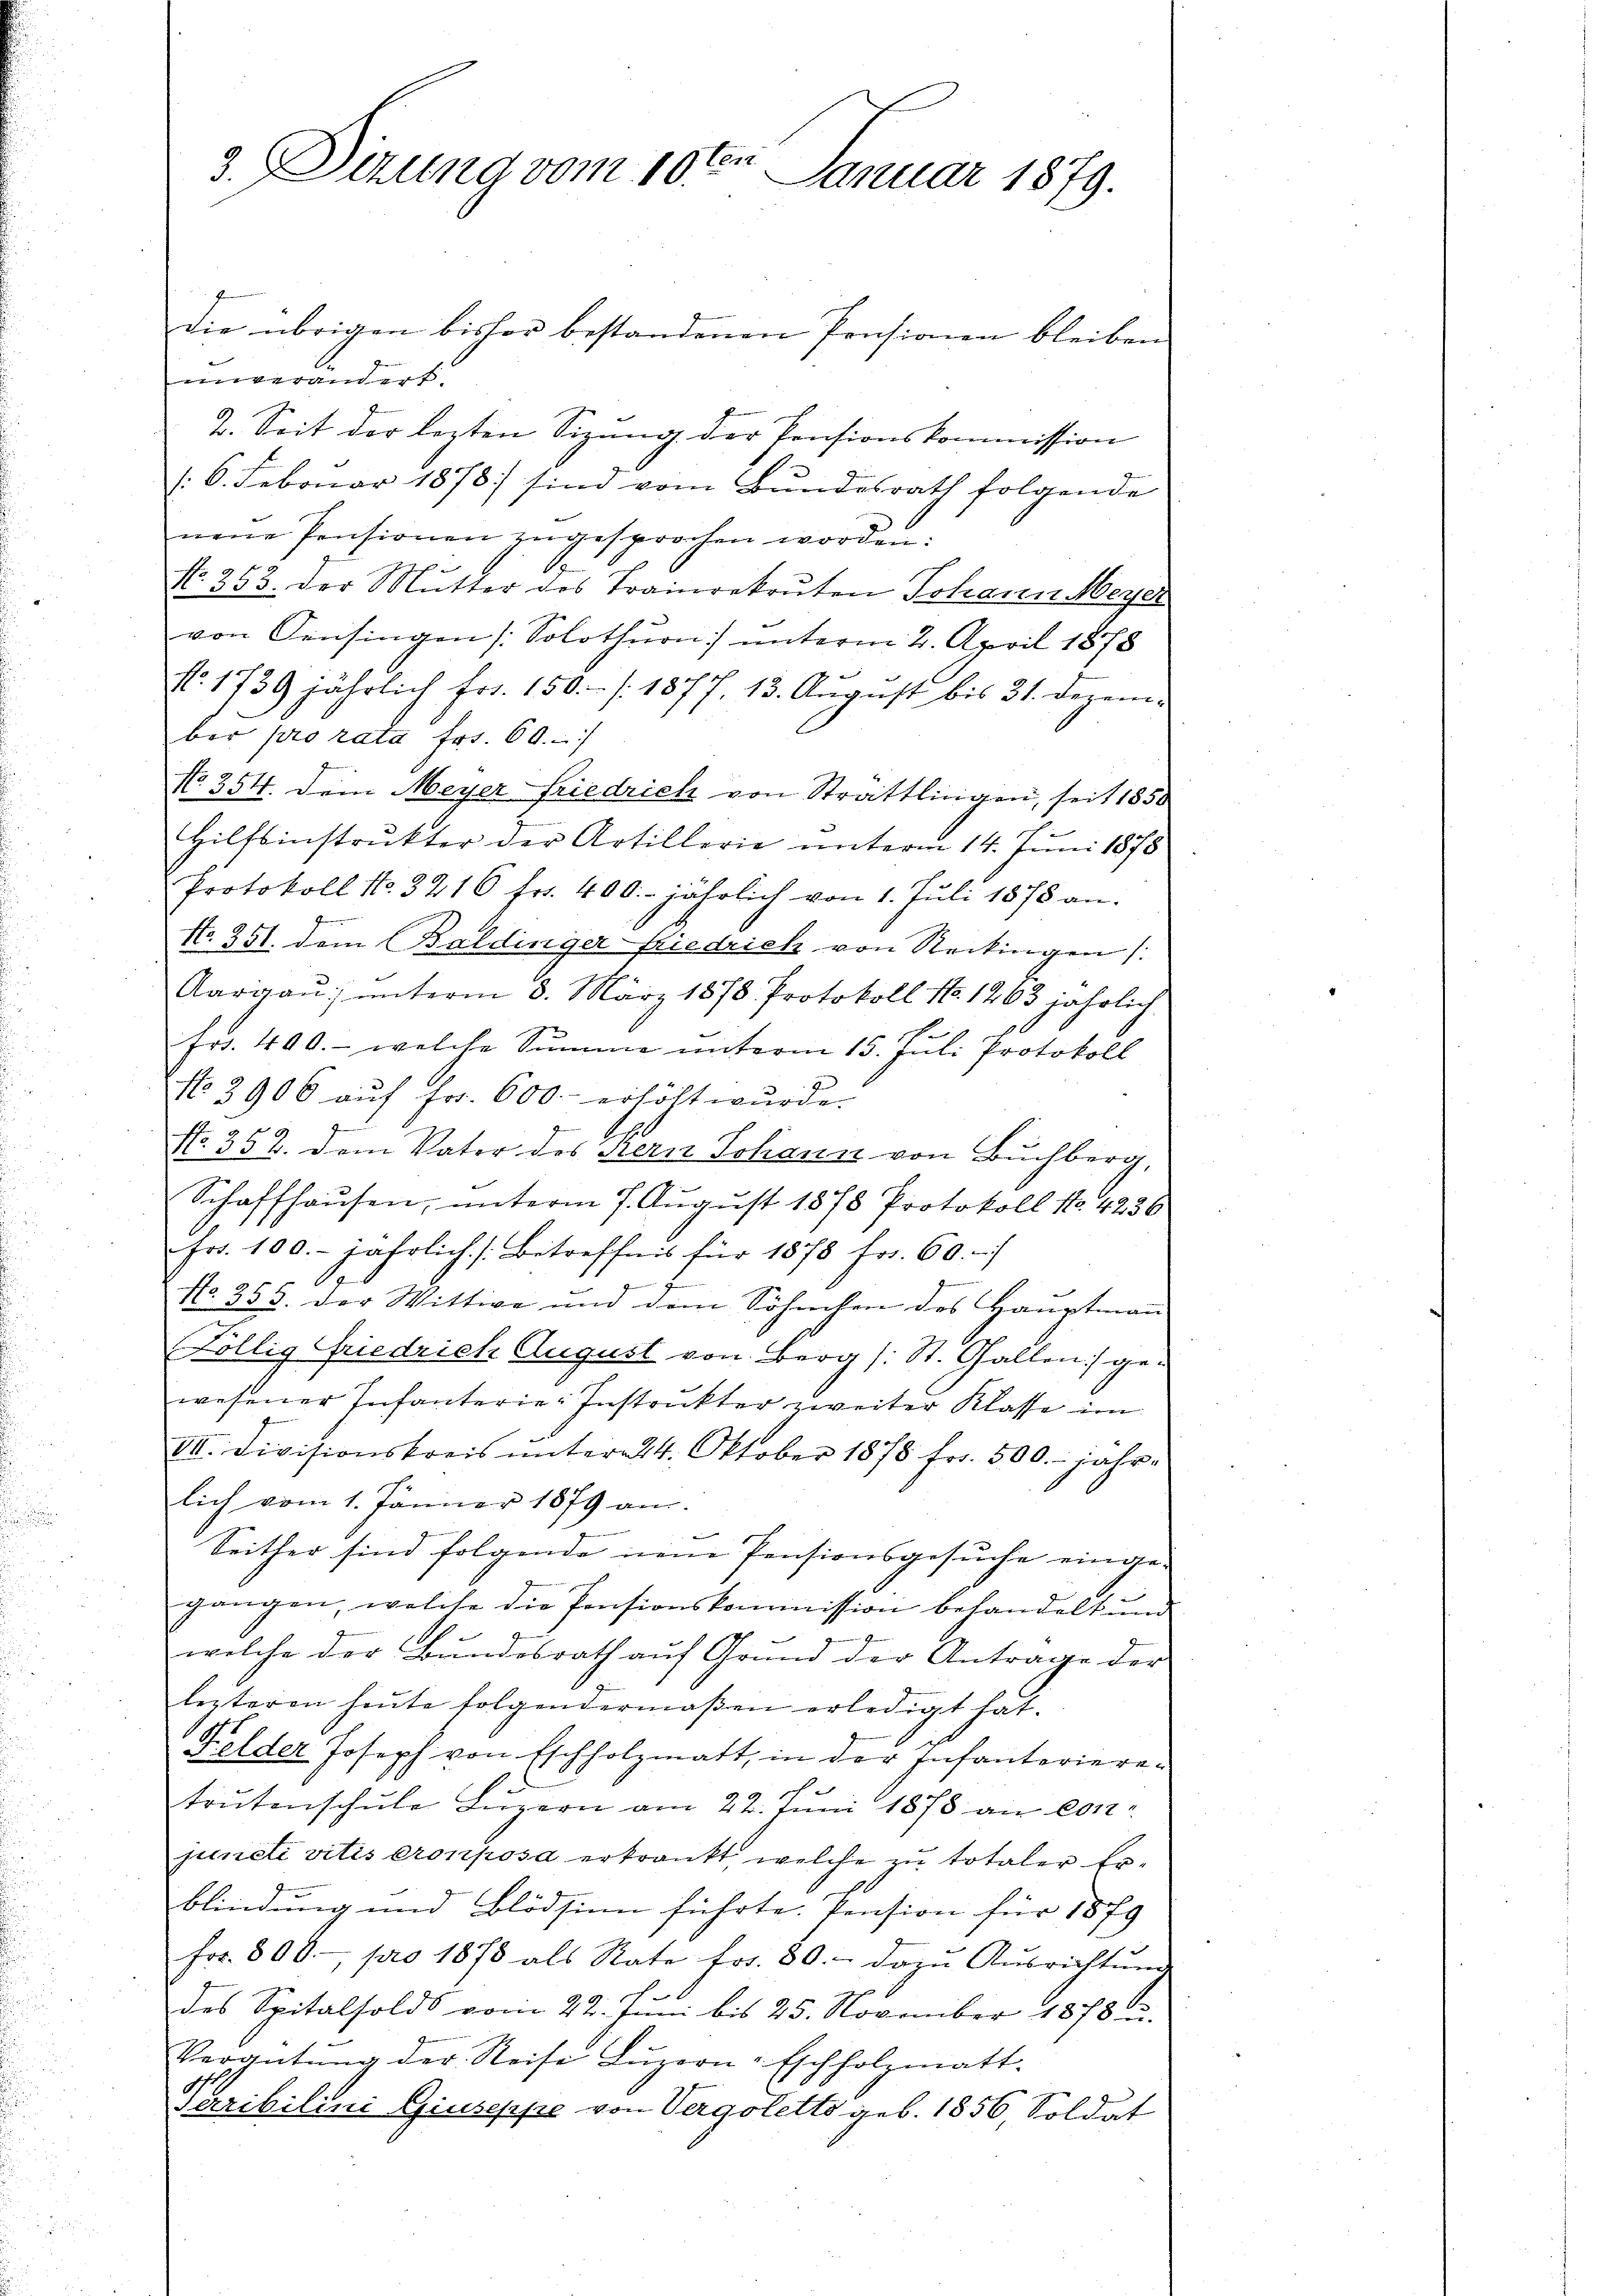
die übrigen bisher bestandenen Pensionen bleiben
vtegangef
7. Seit der lezten Sizung der Pensionskommission
(6. Februar 1878) sind vom Bundesrath folgende
nem Pensionen zugesprochen worden.
Nr 9 x
N. 333. Der Mutter des Trainrekruten Johann Meyer
von Sensingen (Solothurn unterm 2. April 1878
N. 1739 jährlich Fr. 150.- (1877. 13. August bis 31. Dezem-
ber pro rata frs. 60.
No 354. Dein Meyer Friedrich von Strattlingen, seit 1850
Hilfsinstrukter der Artillerie unterm 14. Juni 1878
Protokoll No. 3216 fr. 400. jährlich von 1. Juli 1878 an.
No. 351. dem Baldinger Friedrich von Reckingen
Aargau unterm 8. März 1878. Protokoll No 1263 jährlich
E
Fr. 400.- welche Summe unterm 15. Juli Protokoll
No. 2906 auf Fr. 600 erhöht wurde.
No. 352. dem Vater des Kern Johann von Buchberg,
Schaffhausen, unterm 7. August 1878 Protokoll No. 4236
frr. 100. jährlich /: Betreffnis für 1878 fr. 60.

No. 358. der Wittwe und dem Söhnchen des Hauptmann
Köllig Friedrich August von Berg (: St. Gallen) gewesener Infanterie-Instrukter zweiter Klasse im
VII. Divisionskreis ŭnter 24. Oktober 1878 fr. 500.- jahre
lich vom 1. Jänner 1879 am
Seither sind folgende neue Pensionsgesuche einge-
gangen, welche die Pensionskommission behandelt und
welche der Bundesrath aŭf Grŭnd der Antrage der
lezteren heute folgendermaßen erledigt hat.
Felder Joseph von Eschholzmatt, in der Infanterieretrutenschule Luzern am 22. Juni 1878 an 201
juncti vitis Cronposa erkrankt, welche zu totaler Erblindung und Blödsinn führte. Pension für 1879
fr. 800.- pro 1878 als Rate fr. 80. - dazŭ Aŭsrichtŭnge
des Spitalsolds vom 22. Juni bis 25. November 1878 u.
Verantŭng der Reise Lŭzern -Eschholzmatt.
Saribilini Giuseppe von Vergoletts geb. 1856, Soldat

3. Sizung vom 10ten Januar 1879.